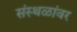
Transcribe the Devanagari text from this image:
संस्थळांवर